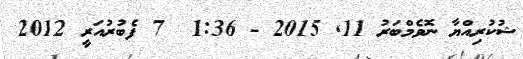
ޝުކުރިއްޔާ ނޮވެމްބަރު 11